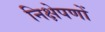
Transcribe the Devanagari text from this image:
निक्षेपणों